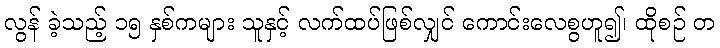
လွန် ခဲ့သည့် ၁၅ နှစ်ကများ သူနှင့် လက်ထပ်ဖြစ်လျှင် ကောင်းလေစွဟူ၍၊ ထိုစဉ် တ